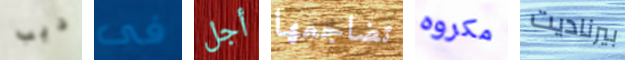
ديب فى أجل تضاجعها مكروه بيرناديت